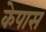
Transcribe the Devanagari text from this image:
केपास